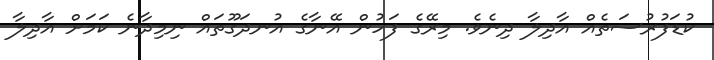
ކުޑަފުރުސަތެއް އާދިލާ ދިނެވެ. މިރޭގެ ފަހުން އޭނާގެ އުނދަގޫތައް ނިމިދާނެ ކަމަށް އާދިލާ